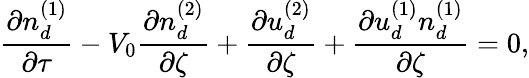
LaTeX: \frac{\partial n_{d}^{(1)}}{\partial\tau}-V_{0}\frac{\partial n_{d}^{(2)}}{\partial\zeta}+\frac{\partial u_{d}^{(2)}}{\partial\zeta}+\frac{\partial u_{d}^{(1)}n_{d}^{(1)}}{\partial\zeta}=0,